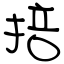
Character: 掊